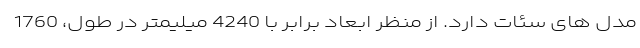
مدل های سئات دارد. از منظر ابعاد برابر با 4240 میلیمتر در طول، 1760